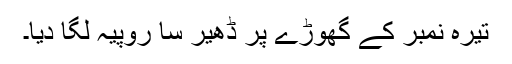
تیرہ نمبر کے گھوڑے پر ڈھیر سا روپیہ لگا دیا۔